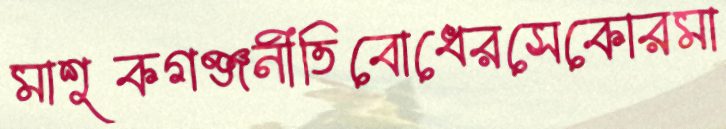
মাশুকগঞ্জনীতিবোধেরসেকোরমা